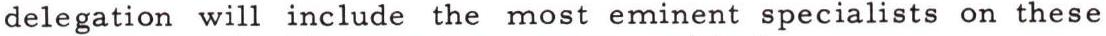
delegation will include the most eminent specialists on these